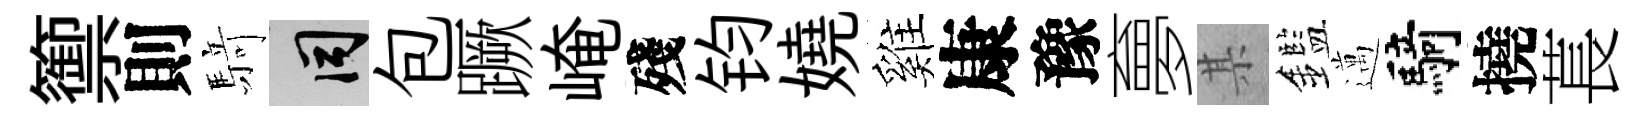
籞則𮪍间包蹶崦殘钧嬈雞康豫夣某鑑邁騎撓萇